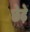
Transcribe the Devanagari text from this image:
छेडे़